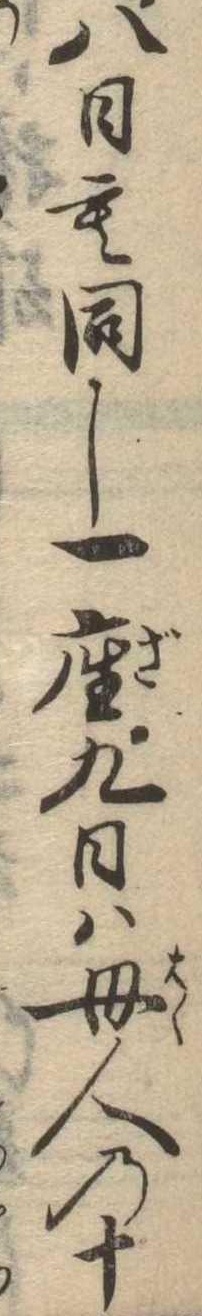
八日も同し一座九日は母人の十